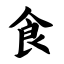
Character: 食